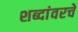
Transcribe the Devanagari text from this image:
शब्दांवरचे